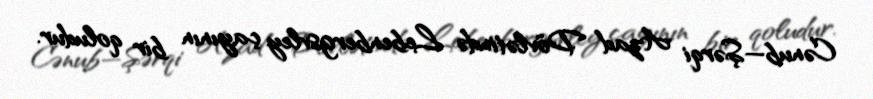
Cənub—Şərqi Azad Dövlətində Lebenbergsvley çayının bir qoludur.